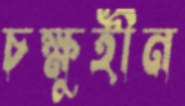
চক্ষুহীন